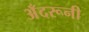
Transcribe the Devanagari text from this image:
अँदरूनी